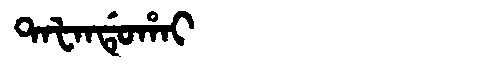
Manchu: ᡨᠠᡶᠠᠨᡩᡠᡥᠠᡳ
Romanization: TAFANDUHAI